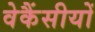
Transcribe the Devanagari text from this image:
वेकैंसीयों